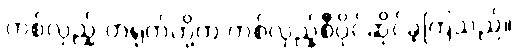
တစ်လှည့် တရုတ်တို့က တစ်လှည့်စီပိုင်ဆိုင်ခဲ့ကြသည်။